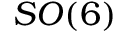
S O ( 6 )